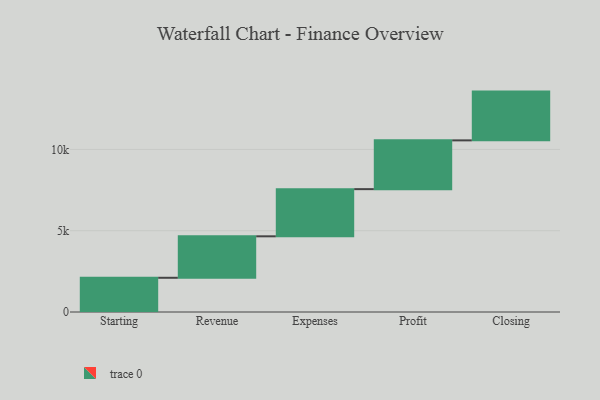
{"axis": {"x": "Step", "y": "Value"}, "legend": [""], "data": [{"x": "Starting", "y": 2105.0, "type": ""}, {"x": "Revenue", "y": 2551.0, "type": ""}, {"x": "Expenses", "y": 2901.0, "type": ""}, {"x": "Profit", "y": 3000, "type": ""}, {"x": "Closing", "y": 3000, "type": ""}]}